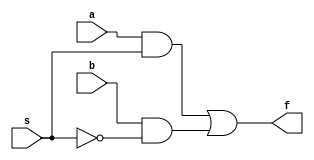
module mux2to1_gate(a,b,s,f); 
    input a,b,s;
    output f;
    wire c,d,e;

    not n1(e,s);
    and a1(c,a,s);
    and a2(d,b,e);
    or o1(f,c,d);
endmodule